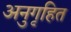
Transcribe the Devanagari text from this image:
अनुगृहित